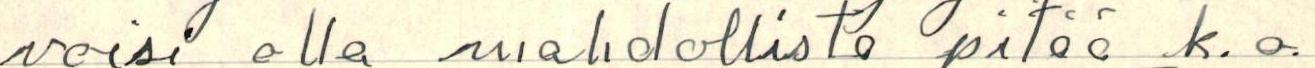
voisi olla mahdollista pitää k.o.